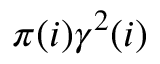
\pi ( i ) \gamma ^ { 2 } ( i )